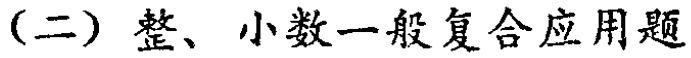
（二）整、小数一般复合应用题